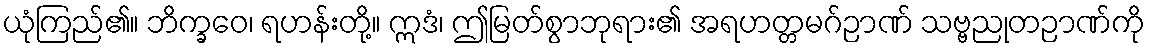
ယုံကြည်၏။ ဘိက္ခဝေ၊ ရဟန်းတို့။ ဣဒံ၊ ဤမြတ်စွာဘုရား၏ အရဟတ္တမဂ်ဉာဏ် သဗ္ဗညုတဉာဏ်ကို